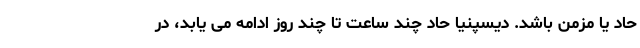
حاد یا مزمن باشد. دیسپنیا حاد چند ساعت تا چند روز ادامه می یابد، در